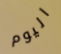
اليوم